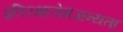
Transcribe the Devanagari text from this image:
प्रतिरक्षारोगजन्यता